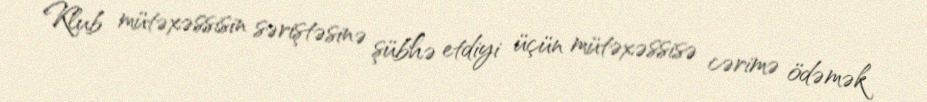
Klub mütəxəssisin səriştəsinə şübhə etdiyi üçün mütəxəssisə cərimə ödəmək